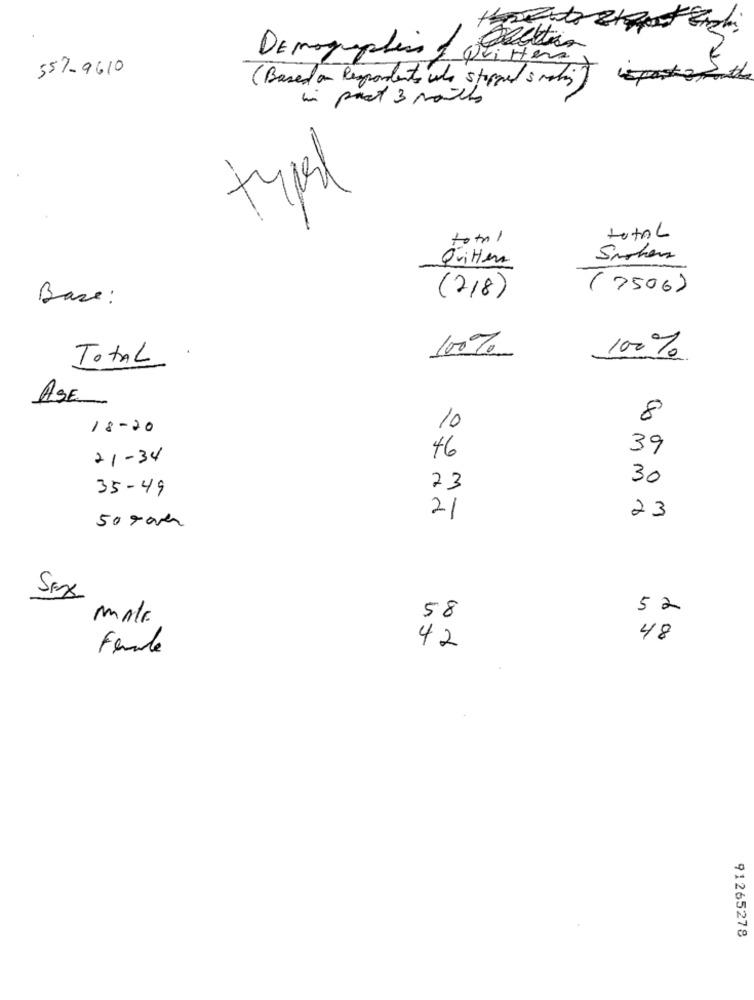
Demographics & factura
557-9610
( Based on Respondents who stopped smoking)
in part 3 noites
typel
total
total
Quitter
(7506)
Base :
(218)
100%
TOTAL
100%
ASE
8
18-20
10
39
21-34
46
30
23
35-49
21
23
50 7000
Sax
52
malE.
58
48
Female
42
91265278